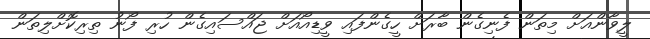
ލީވާންއަށް މިތަން ފެނިގެން ބާރަށް ހީގެންފައި ވީޑިއޯއަށް ޖައްސައިގެން ހުރި ފޯނު ތިރިކޮށްލިތަން